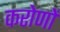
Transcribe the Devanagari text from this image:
करोणों